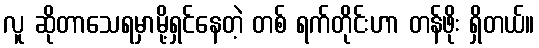
လူ ဆိုတာသေရမှာမို့ရှင်နေတဲ့ တစ် ရက်တိုင်းဟာ တန်ဖိုး ရှိတယ်။